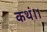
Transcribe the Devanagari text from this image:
कथं।।